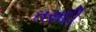
તસદી